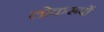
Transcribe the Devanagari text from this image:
लोकरूपों